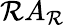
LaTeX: \mathcal{R}A_{\mathcal{R}}